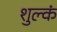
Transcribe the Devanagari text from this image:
शुल्कं